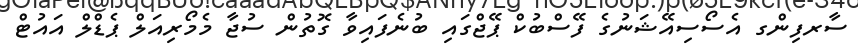
ސާރފިންގ އެސޯސިއޭޝަނުގެ ފޭސްބުކް ޕޭޖްގައި ބުނެފައިވާ ގޮތުން ސުޖާ މެމޯރިއަލް ޕެޑްލް އައުޓް